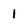
Character: 1